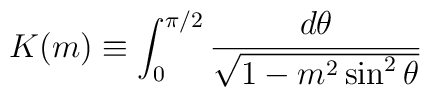
K(m) \equiv \int_{0}^{\pi/2} \frac{d\theta}{\sqrt{1 - m^2 \sin^2{\theta}}}\,